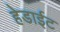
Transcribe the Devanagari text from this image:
हेडाईट